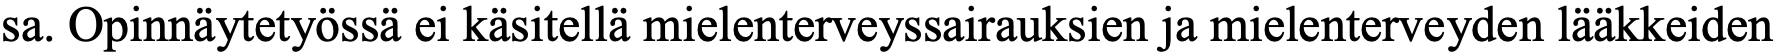
sa. Opinnäytetyössä ei käsitellä mielenterveyssairauksien ja mielenterveyden lääkkeiden